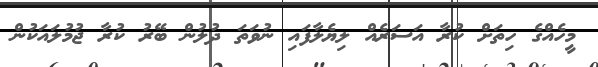
މީހެއްގެ ހިތަށް ކުރާ އަސަރެއް ލިޔެލާފައި ނުވަތަ ދުލުން ބޭރު ކުރާ ޖުމުލައަކުން